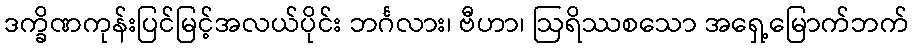
ဒက္ခိဏကုန်းပြင်မြင့်အလယ်ပိုင်း ဘင်္ဂလား၊ ဗီဟာ၊ ဩရိဿစသော အရှေ့မြောက်ဘက်